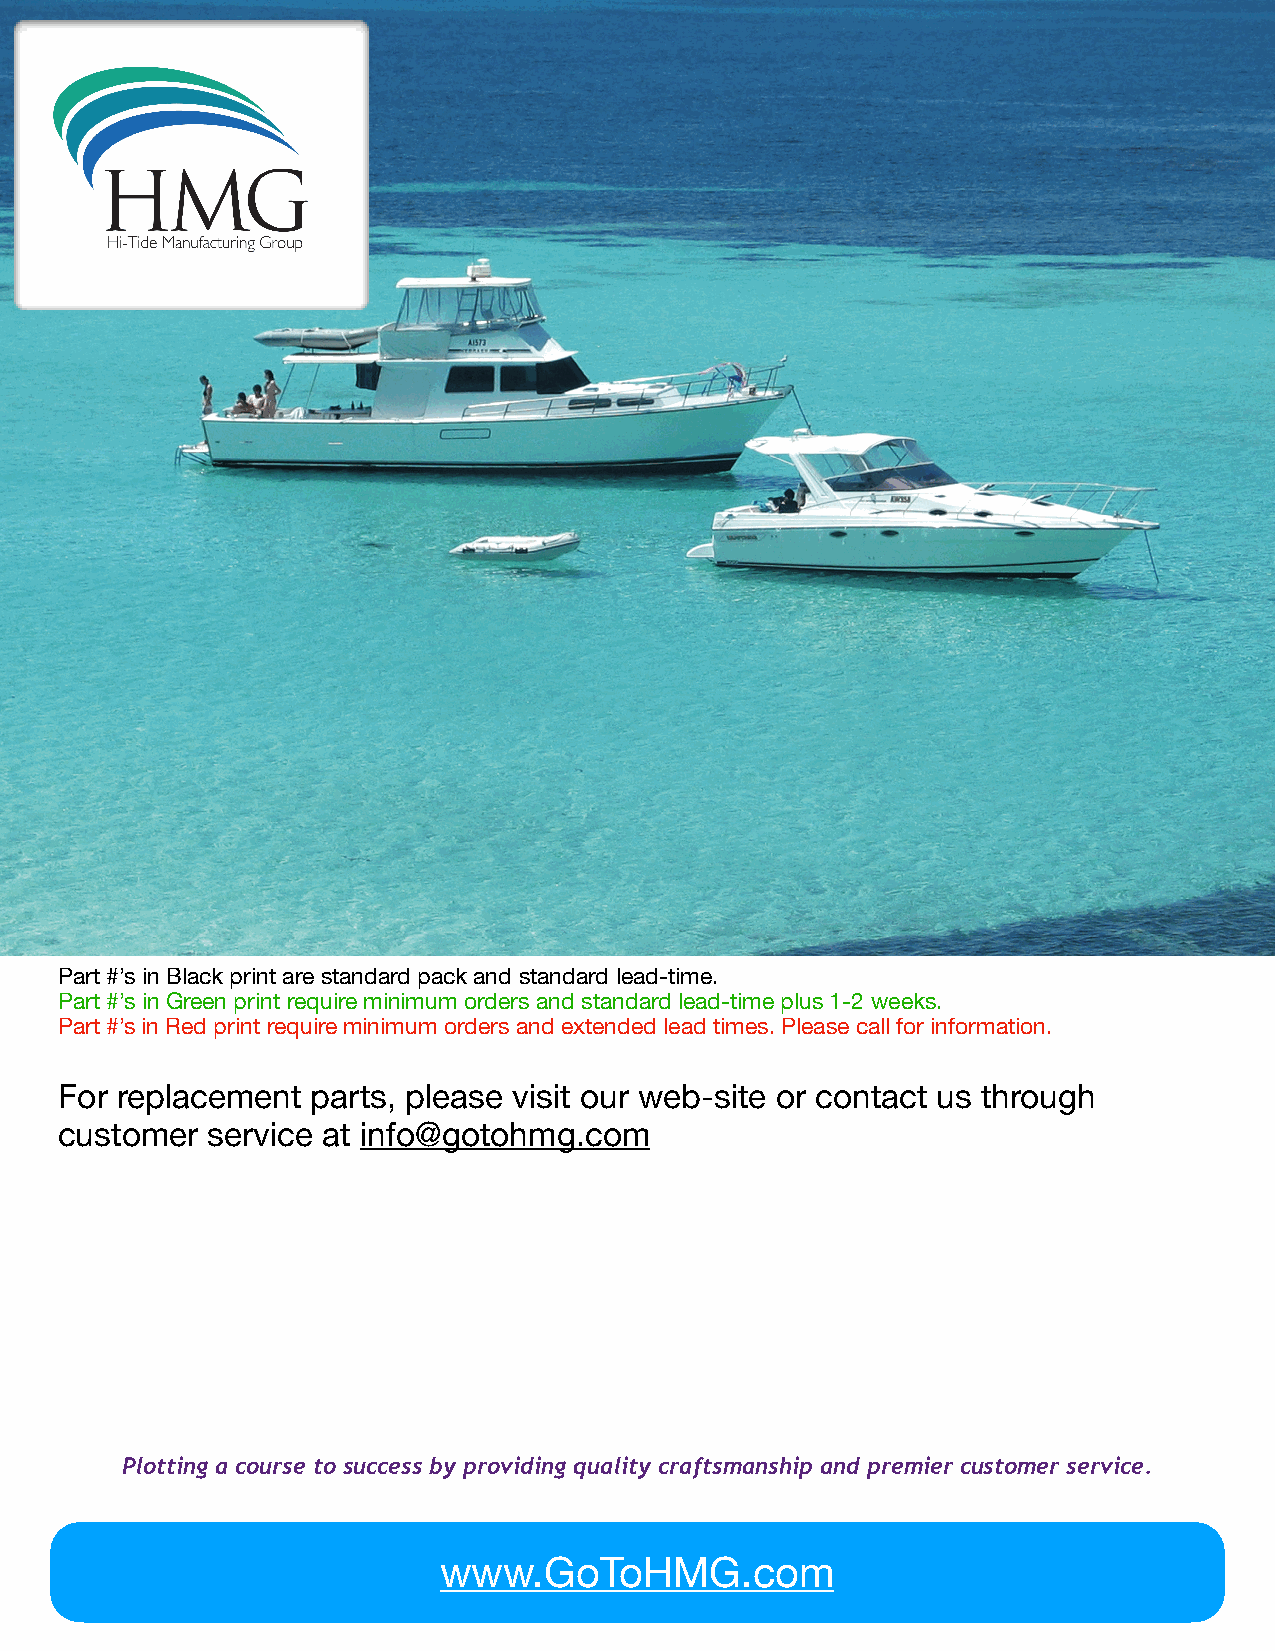
Part #’s in Black print are standard pack and standard lead-time.
 Part #’s in Green print require minimum orders and standard lead-time plus 1-2 weeks.
 Part #’s in Red print require minimum orders and extended lead times. Please call for information.
 For replacement  parts, please visit our web-site or contact us through
 customer  service at info@gotohmg.com
 Plotting a course to success by providing quality craftsmanship and premier customer service.
 www.GoToHMG.com